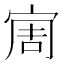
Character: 𱚊